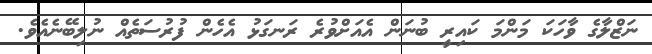
ނަޒްލާގެ ވާހަކަ މަންމަ ކައިރީ ބުނަން އެއަށްވުރެ ރަނގަޅު އެހެން ފުރުސަތެއް ނުލިބޭނެއެވެ.